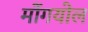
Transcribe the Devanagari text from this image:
मोंगयोल